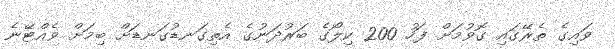
ވައިގެ ތެރޭގައި ގޮވުމަށް ފަހު 200 ކިލޯގެ ބަރުދަނުގެ އެތިގަނޑުގަނޑަށް ބިމަށް ވެއްޓޭނެ